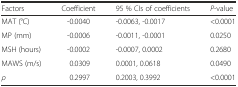
| Factors | Coefficient | 95 % CIs of coefficients | P-value |
 | --- | --- | --- | --- |
 | MAT (°C) | -0.0040 | -0.0063, -0.0017 | <0.0001 |
 | MP (mm) | -0.0006 | -0.0011, -0.0001 | 0.0250 |
 | MSH (hours) | -0.0002 | -0.0007, 0.0002 | 0.2680 |
 | MAWS (m/s) | 0.0309 | 0.0001, 0.0618 | 0.0490 |
 | ρ | 0.2997 | 0.2003, 0.3992 | <0.0001 |